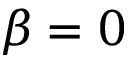
\beta = 0